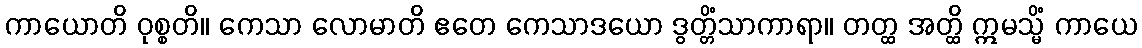
ကာယောတိ ဝုစ္စတိ။ ကေသာ လောမာတိ ဧတေ ကေသာဒယော ဒွတ္တိံသာကာရာ။ တတ္ထ အတ္ထိ ဣမသ္မိံ ကာယေ